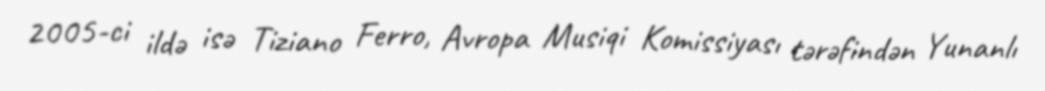
2005-ci ildə isə Tiziano Ferro, Avropa Musiqi Komissiyası tərəfindən Yunanlı